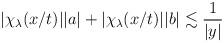
LaTeX: \begin{align*} \begin{aligned}|\chi_\lambda(x/t)||a|+|\chi_\lambda(x/t)||b|&\lesssim \frac{1}{|y|}\end{aligned} \end{align*}